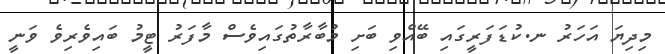
މިދިޔަ އަހަރު ނ.ކުޑަފަރީގައި ބޭއްވި ބަށި މުބާރާތުގައިވެސް މާފަރު ޓީމު ބައިވެރިވެ ވަނީ